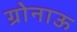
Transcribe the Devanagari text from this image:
ग्रोनाऊ